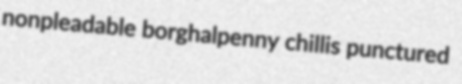
nonpleadable borghalpenny chillis punctured